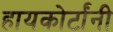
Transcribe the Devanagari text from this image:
हायकोर्टांनी